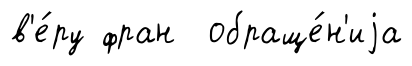
в'е́ру фран обраще́н'иjа